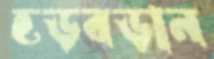
হড়বড়ান